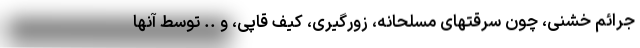
جرائم خشنی، چون سرقتهای مسلحانه، زورگیری، کیف قاپی، و .. توسط آنها